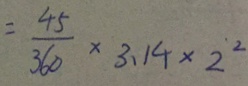
= \frac { 4 5 } { 3 6 0 } \times 3 . 1 4 \times 2 ^ { 2 }